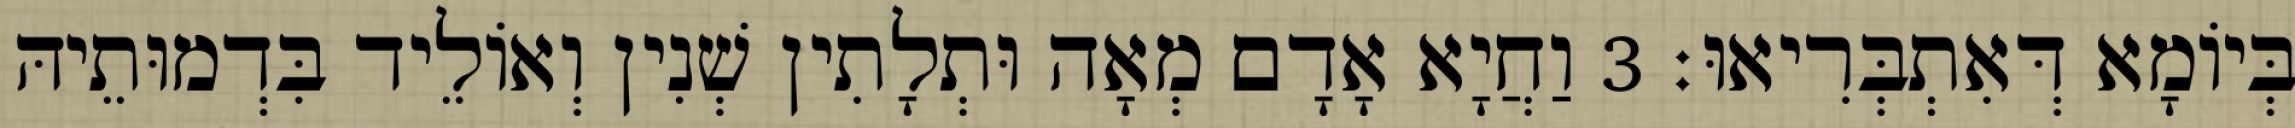
בְּיוֹמָא דְּאִתְבְּרִיאוּ׃ 3 וַחֲיָא אָדָם מְאָה וּתְלָתִין שְׁנִין וְאוֹלֵיד בִּדְמוּתֵיהּ